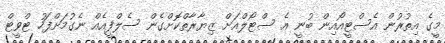
މީގެ އިތުރުން އެސްޓީއޯއިން ބުނީ އެ ސްޓޯލްއަށް ޒިޔާރާތްކޮށްގެން ސެލްފީއެއް ނެގުމަށްފަހު ޓްވީޓް